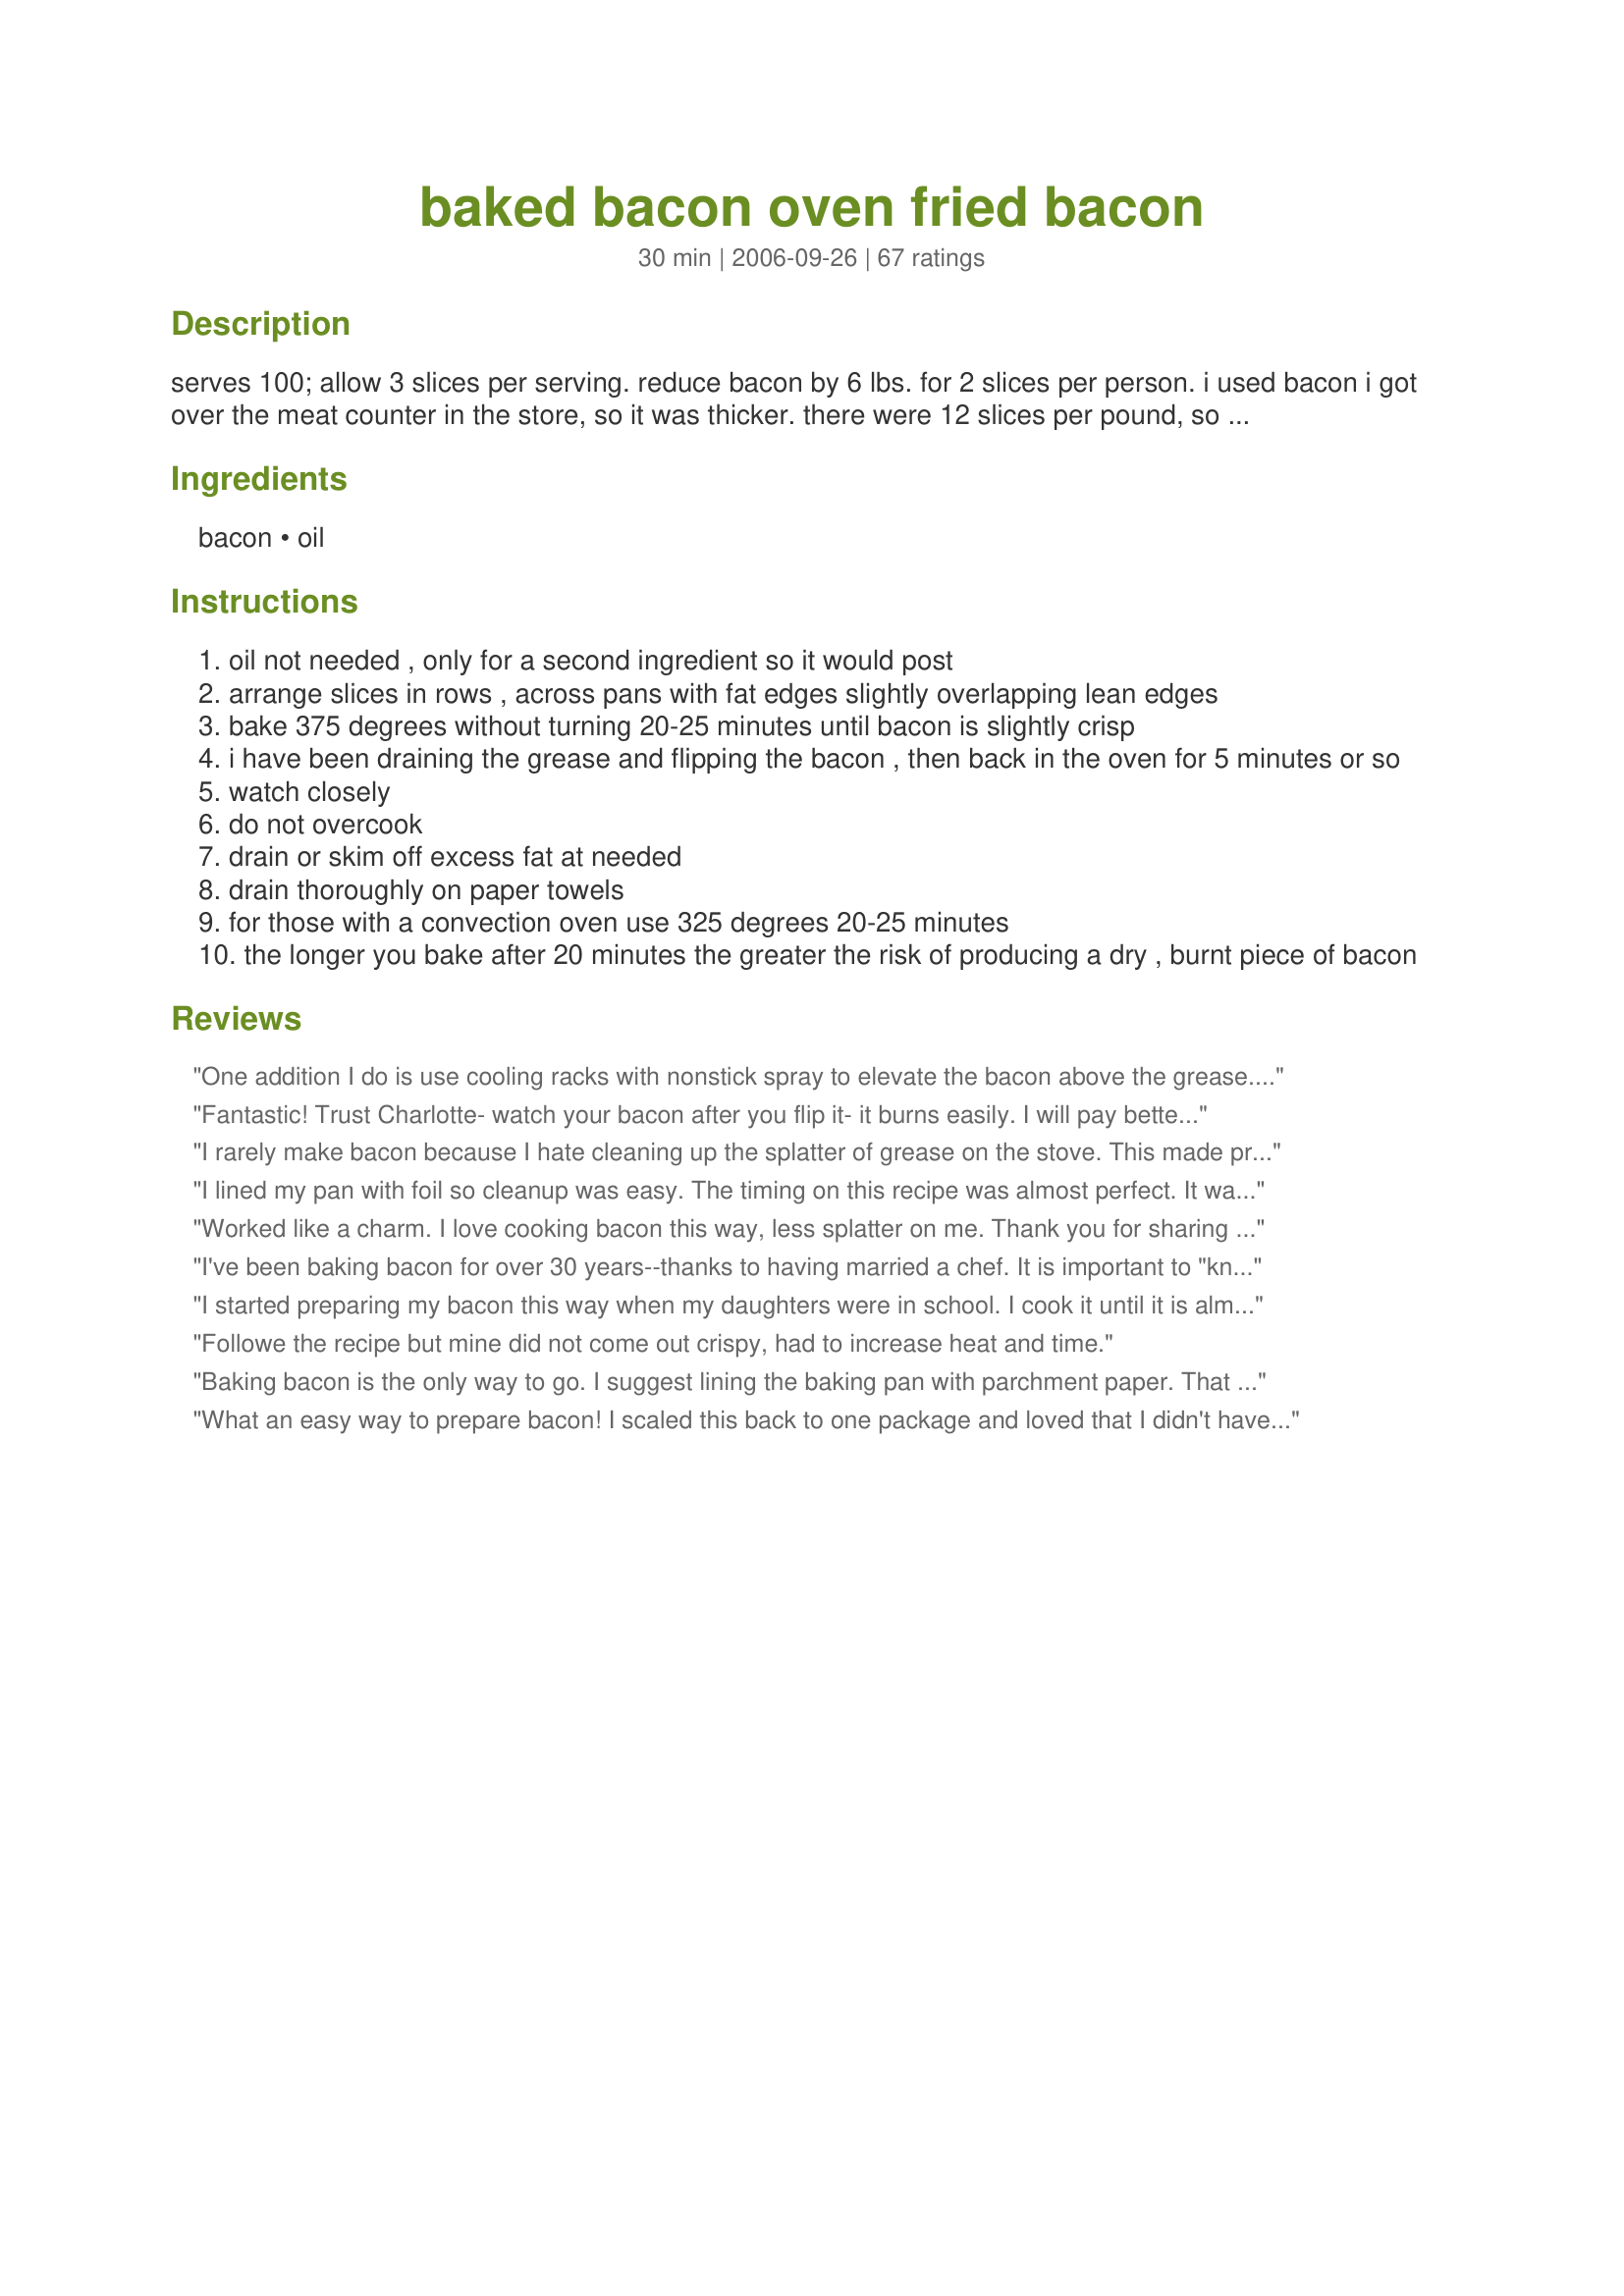
baked bacon oven fried bacon
Preparation time: 30 minutes

serves 100; allow 3 slices per serving. reduce bacon by 6 lbs. for 2 slices per person. i used bacon i got over the meat counter in the store, so it was thicker. there were 12 slices per pound, so ask your butcher to weigh a pound and then count the slices. that way you'll have the correct amount. the bread is only here because i need more then one ingredient to post this. i like to fix ours this way when we have blt's. then all the bacon is still warm when we sit down to eat.

Ingredients:
bacon, oil

Steps:
oil not needed , only for a second ingredient so it would post
arrange slices in rows , across pans with fat edges slightly overlapping lean edges
bake 375 degrees without turning 20-25 minutes until bacon is slightly crisp
i have been draining the grease and flipping the bacon , then back in the oven for 5 minutes or so
watch closely
do not overcook
drain or skim off excess fat at needed
drain thoroughly on paper towels
for those with a convection oven use 325 degrees 20-25 minutes
the longer you bake after 20 minutes the greater the risk of producing a dry , burnt piece of bacon

Reviews:
One addition I do is use cooling racks with nonstick spray to elevate the bacon above the grease. And no need to flip the bacon.
Fantastic! Trust Charlotte- watch your bacon after you flip it- it burns easily. I will pay better attention next time. Thanks
I rarely make bacon because I hate cleaning up the splatter of grease on the stove. This made preparation a cinch! The bacon turned out perfect -- Thanks!
I lined my pan with foil so cleanup was easy. The timing on this recipe was almost perfect. It was easy with no fuss. Thanks for the recipe.
Worked like a charm. I love cooking bacon this way, less splatter on me. Thank you for sharing this method with us.
I've been baking bacon for over 30 years--thanks to having married a chef. It is important to "know" your oven--the temperature and time may vary from the recipe. I drain the bacon half-way through the baking, and turn the bacon once. This cuts down on the spatters inside the oven. Not having to clean the cook top and the six feet surrounding it is great!
I started preparing my bacon this way when my daughters were in school. I cook it until it is almost done and then drain it on paper towels. I then place it in a container with waxed paper in between the slices and place it in the freezer. I take out however many slices I need and place them in the microwave for about 1 minute. Bacon for breakfast even on school days!
Followe the recipe but mine did not come out crispy, had to increase heat and time.
Baking bacon is the only way to go. I suggest lining the baking pan with parchment paper. That way you don't have to drain since the parchment absorbs a lot of the grease. Cooking time was spot on for me @ 375 since my oven runs about 25 degrees hot.
What an easy way to prepare bacon! I scaled this back to one package and loved that I didn't have a greasy mess to clean up. Thanks for posting this Charlotte ~ I may never fry bacon again! Made for Zaar Stars Tag.
I too have discovered baking bacon, and now won't consider making it any other way. But I'll add one little tip to this method- try placing a cookie cooling rack on the top of a cookie sheet lined with aluminum foil. The fat drips away and the clean up couldn't be easier. Finally, I like to add fresh ground black pepper before it goes into the oven, and always get uncured or applewood smoked bacon (TJ's is a great source). I can get a dozen slices done on the first pass, and then while the oven is hot will throw in a second batch- otherwise there would never be leftovers! BLTs are a snap!!
This is the only way to cook bacon from now on. No splatters and SO easy!! Thanks.
Loved the fact the stovetop was clear to make other things. This worked well for me. I baked one pound of bacon at 325 for 20 minutes, perfect! Thanks Charlotte J!
Baked bacon on rimmed, lined baking sheet. Baked for 30 minutes and it turned out perfect!
Love the idea of making bacon in the oven.
Excellent.....no more grease burns on my arms!!!
Delicious! I baked at 375° for 15 minutes in a an ordinary 13x9 baking sheet lined with foil to catch the grease. <br/><br/>I didn't turn the bacon or drain any grease away... the bacon was perfect after sitting on some newspaper to drain away the fat for 15 minutes. <br/><br/>This makes perfect bacon for a BLT sandwich.
What a great way to make a large amount of bacon. Mine took about 30 minutes and it truned out perfect. Thanks for sharing.
Worked well! Used a pound of regular bacon on a half sheet pan covered with parchment paper and baked as directed. Perfect bacon, easy clean up. Thanks for the recipe!
Excellent! I can not have crisp bacon. I had a trac(a breathing tube in my throat, years ago) I have a ledge in my throat so crisp anything doesn't go down well. I cook until tender done and very limp. Then I freeze between wax paper and finish cooking as needed. Or chop and use in other recipes. I cook for 325* This is a good recipe and the bacon doesn't shrink and if you want to add lemon pepper to the slices, you can, it won't fall off and...when the bacon is almost cooked, you can brush on a little melted honey. Yummmm!
Thanks for posting! This is super!
This was very handy for Christmas morning. I used regular grocery store bacon, just one pack. My bacon was not cooked in the time stated, even with preheating the pan. Not really a big deal, but I had timed everything else around the bacon being done in 25 minutes. I did end up crisping the bacon in the microwave, because I just didn't have any more time. I loved that I didn't get popped and burned, and I will definitely use this recipe again, but will up the time. Thanks!
We loved cooking bacon this way, it turned out fabulous, I cooked it at 400 for 15 minutes, drained, and cooked 15 minutes longer, it turned out nice and crispy, just how we like it, and there was no splatter mess to clean up either. I think we'll always cook bacon this way. Thanks so much!
I used to grill my bacon on the George Forman grill because I hated cooking bacon on the stove. the GF grill works great but now that I have 2 hungry kids, it take FOREVER to fry up a pack of bacon! (My 11 yr old son would eat an entire pack of bacon if I let him!) Anyway, this is a great way to cook the bacon all at once, pieces stay flat and evenly cooked. In fact I have a pan in the oven right now! Soon my family will wake to the smell of bacon and it will be already cooked and ready to go :) THANKS FOR THE GREAT IDEA!
Can't believe that I haven't reviewed this yet, well maybe I can....I use the parchment paper every time for easy clean up and love the way the house doesn't smell of fried bacon. Thank you.
I love the fact that there is no greasy mess and I can make a bunch of bacon at a time without standing over a frying pan for a half an hour or so. Great idea!! Oh, and lining the pan with foil is a must do. Thanks...
I only made a pound of bacon and I cooked this on the grill instead of the oven. This worked perfectly and I had a pound of bacon done all at once.
I can't believe I hadn't reviewed this yet--perfect bacon, one pound at a time, then I freeze it and use as needed. Absolutely a breeze!
Awesome! I hate frying bacon. It's always so greasy and messy. This was so easy and probably a little bit more healtheir than just pan frying. I didn't use the oil bc I knew it would make it's own grease. I will be making this again. What a great idea :)
Worked perfectly! I used this in a recipe where the bacon needed to be done, but not crispy. I cooked it for 10 minutes and it was just right!
OMG! Bacon heaven!! I used a medium priced, thick slice bacon, twelve slices. I followed other reviews and added cracked pepper. I also sprinkled on some organic coconut palm sugar. I was nervous about burning so I started with 15 minutes. Took bacon out of oven and turned over. I added 10 minutes to the timer. I checked every few minutes at this point (very important). Some pieces looked done sooner than others so I removed them to a plate. I put the rest back in and kept checking until all looked done. I put bacon on a plate lined with paper towels and blotted off as much grease as possible. I actually think the bacon shriveled less than with using the skillet and wow, my kind of cleanup!! I believe the 375 degree oven temperature, thick bacon and constant monitoring is the key. YUM!!
I only made a little (2 batches, each 1/2 pound) and after 10 minutes at 375 it was done. (Unfortunately I left the first batch in for 15 minutes -- too burnt for most people, but I ate it, heh.)

It certainly is easy and quick! I wouldn't have even bought bacon if I hadn't read you could bake it like this. =P
Did 8 oz. of bacon on aluminum foil line cookie sheet and was perfect in 20 minutes at 375 degrees. Great mess free way to do bacon!
I&#039;ve been cooking bacon in the oven for years. It brings out the best flavor!!!
Im a "beginning cook" (never cooked anything before i married in june '06). I avoid cooking bacon because i can never get it right, its all soggy and floppy, the grease splatters me and HURTS..etc etc.. its kinda hit or miss. I decided to try this with some leftover frozen bacon. I de-thawed the bacon, then just layered it on my cookie pan (didn't overlap or anything, no extra oil). I dont (yet!) know what "convection" oven means - i just have a new flat-top electric stove. I preheated to 375F, popped in the bacon for 20 mins, drained at 20, flipped, and cooked for 7 more minutes. Then i took them out and layed them out on a napkin covered plate to drain. I must say this is PERFECT!! Im so excited...even had to call my mom about it (haha). I will ALWAYS cook my bacon like this now - its so easy and tastes great! Good, bacon'y and crispy..just like it should be! THANKS!! :)
I have been doing by bacon this way for years! I also cook it to almost done, vacuum seal it and freeze it. Just a minute in the microwave or frying pan and it is ready. Great for camping!
I just couldn't get my bacon to cook right. Maybe it was me -- maybe it was the bacon. My hysband got REALLY thick stuff. It took FOREVER to cook. And, ultimately, would have been faster to fry on a griddle. Of course, (eventually... after almost an hour) it IS bacon -- so I can't give too low of a rating! :) I will try again some other time ... when I have more time.
This is by far the best way to cook bacon! I used parchment paper as some of the other reviews suggested. Clean-up was a breeze, and I didn't have to worry about anyone getting splattered while the bacon was cooking!
This is such a no fuss way to make bacon!
Beats standing over the stove and the bacon is nice and uniform!
My Brother-in-law ALWAYS makes it this way, I could never remember the temp....Thank you sooooooo much for posting! I did not have to call AGAIN and ask how to do it! This is the easiest way to make bacon, so you can have your stove top free to fry the eggs! BLESS YOU!
I always burn the bacon at the last minute. This method has renewed my love affair with bacon! Thank you from the bottom of my aortic.
I have used this method for years, and we enjoy perfect bacon each time. I like to sprinkle on a little brown sugar, and some fresh cracked black pepper, prior to baking. To the individual that complained about spattering and clean up, bacon by its very nature will make some mess, whether in oven or stove top. I find if you bake it at 375
I used a cookie rack on my baking sheet, it worked wonderfully!
I used to bake my bacon all the time when I was making quiches, but hadn't made one (until today) for ages. I had forgotten the oven temp (thought it was lots lower) and time, so I thought I would try this. I worked out perfect.

I put in 4-5 slices of bacon, but NOT overlapping any. I left ALL the bacon grease in the lasagna dish, and put the other half of the bacon in to bake. It worked out just like I wanted, and with much less mess than a frying pan (other than a lasagna dish to clean out). Thanks, CharlotteJ, for your recipe.
I used to make bacon like this at a hotel when I was in a cooking program and I've never really bothered to make them like this at home. We did today and it was great. The bacon looks so good too! I only cooked 12 slices though! I cooked them on parchment paper and had no clean-up. Thanks!
Perfect recipe for the person who loves cleaning. What a mess. Sure the baking sheet beneath the bacon is easy to clean but what about the rest of the oven. The bacon fat splatters everywhere. &lt;br/&gt;&lt;br/&gt;I guess it&#039;s fine if you have the money to pay somebody else to clean your kitchen, otherwise I&#039;d stick with more conventional methods.
This is how I have cooked bacon ever since I found it in Betty Crocker's cookbook. NO GREASY MESS!!!! I cook thicker bacon at 400 degreesas per the cookbook, but thin to regular bacon does well at 350 degrees.
This is a perfect way to get a bunch of bacon done with minimal mess and an excellent result. No more spattering grease for me!!
Iâ€™ve been cooking bacon this way for years and really like the fact that it is â€œno-fussâ€�. The only thing I do differently is to put cooling racks on the jellyroll pan then lay the bacon on top of that. This keeps the bacon above the fat while itâ€™s cooking.
Yummy!!! This is the only way I cook the bacons! They are always nicely done and crispy...
This is how I always make bacon now. It lays flat so there is no curling and it is just so much easier than trying to fry it in a skillet.
yum.
We adjusted the recipe for approx 8 servings ( about 2 lbs of bacon ) broken up between 2 baking trays . The oven was set to a pre-heated 350 for 25 minutes. I like my bacon crisp DH likes it sort of " mushy " . This method made a nice middle ground between the two. This is how we are going to be doing bacon from now on :)
I have been baking my bacon for some time. The proper time for my oven is about 15 minutes at 325. If I use 350 or higher, the bacon begins to burn. This is great for busy mornings, as it allows your attention to go to the rest of breakfast prep, or even a quick shower while the bacon cooks.
I've done bacon this way several times now, and will NEVER fry bacon again! Comes out perfectly every time and my husband and kids love that it's never overcooked or undercooked. Aside from the fact that you don't get splatters and your house doesn't smell of bacon all day! The best way to cook bacon by far!
This recipe has saved my life numerous times! Fantastic results!
A super easy way to prepare bacon whether it is for 100 or 2 people!! I made some this morning and it was done in no time and no messy cleanup!! 
I put my bacon on a baking sheet lined with parchment paper, did not drain it, but did turn it over. 
Thanks for posting this Charlotte!
Love making bacon this way! Saves so having to clean my gas cooktop, which is a big plus.
Ty... I used a broiler pan so the fat could drip down... crispy
Made using Williams thick sliced bacon. Sprayed bottom of broiler pan with pam, fit 9 slices of bacon and cooked in a 375 degree preheated oven for 20 minutes. I drained the grease, turned over the bacon and cooked for 5 minutes more. Made 2 batches for freezing leftovers. Perfect for thick sliced bacon. I soaked the broiler pan in warm water for a few minutes and it cleaned up easily. Delicious, thank you Charlotte J, for posting.
Perfect bacon - FINALLY! I've always dreaded cooking bacon on the stove because I find the results so random. Tried this last weekend for a bunch of bacon I was using for a salad and the finished product was perfection. I didn't use any additional oil and *did* overlap to fit all the bacon on my cookie sheet. I will never cook bacon on the stove again! Thank you!
I like this recipe! This is similar to mine exept I use oil becuase it has a sort of more smokey/crunchy taste great recipe and I love bacon hahahahhaa
I love this method of cooking bacon! One pound of thick sliced bacon will fit on one large cookie sheet. I followed another reviewer and baked at 350 for 25-30 minutes; however, I pulled it out at about 20 minutes, drained off the fat, rearranged the slices as necessary, then put it back in for the remaining time.
Why on earth did I ever make bacon any other way????? Thank you for the method, I wish I had tried this YEARS ago. Pan frying is painful and messy, and microwaving yields awful results. Your method is the way I will cook bacon from now on, and will teach my daughters to do the same. I lined the cookie sheet with foil, clean up was a breeze. The next time I will follow the suggestions of others and put the bacon on a rack over the cookie sheet. Regardless, this was easy, and I thank you so much for posting! :)
Mmmm good! Mine took about 30 minutes at 375; and I cooked a whole package of thick sliced bacon and sprinkled brown sugar on it as suggested by another review.
I thought this bacon was OUTSTANDING! My husband had 4 slices left of the grocery store packaged bacon ripped into 8 halves and I baked it 20 minutes on the first side, 5 on the other side. It worked perfectly! The bacon came out fully cooked, crisp but still nice, pretty thick, and with a juicy and very bacon-y taste! :) Also, I made it on an aluminum pan so there was no mess to clean up at all! It made for a wonderful compliment to my breakfast this morning and I'm so thankful for this recipe! It's a keeper I will definitely use again in the near future! Thank you!
My son will not eat micro bacon anymore. Calls it fake bacon. Found this recipe and crossed my finger. Yippee! I no longer have to fry bacon for him each morning before school. I can smell like perfume and soap instead of bacon all day. Made it just the way it states and it turned out perfect. I did line my pans with foil. No more frying bacon for me. Thanks for posting.
